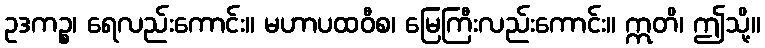
ဥဒကဉ္စ၊ ရေလည်းကောင်း။ မဟာပထဝီစ၊ မြေကြီးလည်းကောင်း။ ဣတိ၊ ဤသို့။